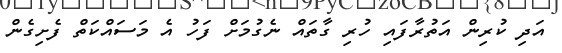
އަދި ކުރިން އަތުރާފައި ހުރި ގާތައް ނެގުމަށް ފަހު އެ މަސައްކަތް ފެށިގެން